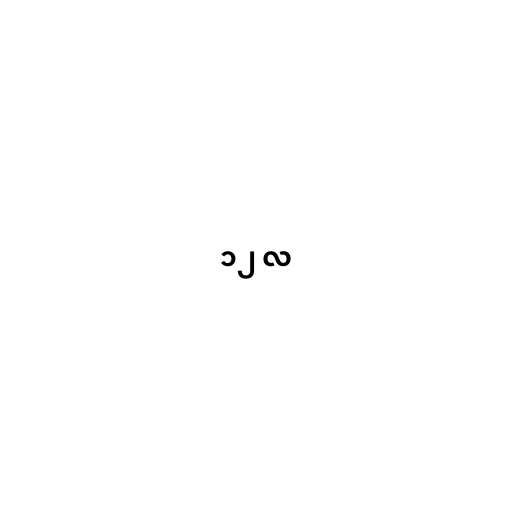
၁၂ လ